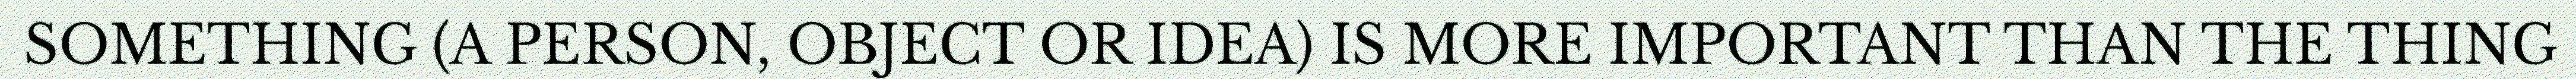
SOMETHING (A PERSON, OBJECT OR IDEA) IS MORE IMPORTANT THAN THE THING